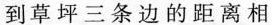
到草坪三条边的距离相